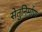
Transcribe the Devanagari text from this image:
सेतुनिर्माण